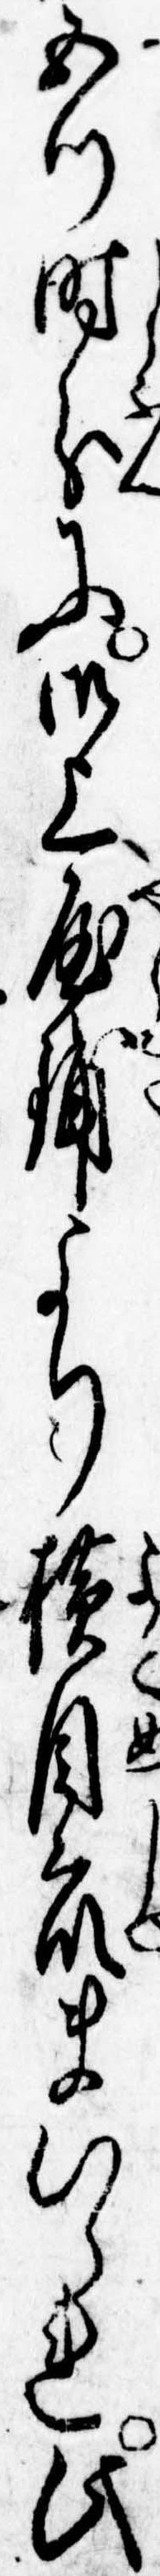
五つ時分に御上屋舗より横目衆まいられ此